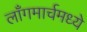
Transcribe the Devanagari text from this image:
लाँगमार्चमध्ये